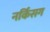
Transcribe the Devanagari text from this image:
नर्किंसग